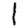
Digit: 1